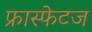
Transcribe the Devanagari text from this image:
फ्रास्फेटज